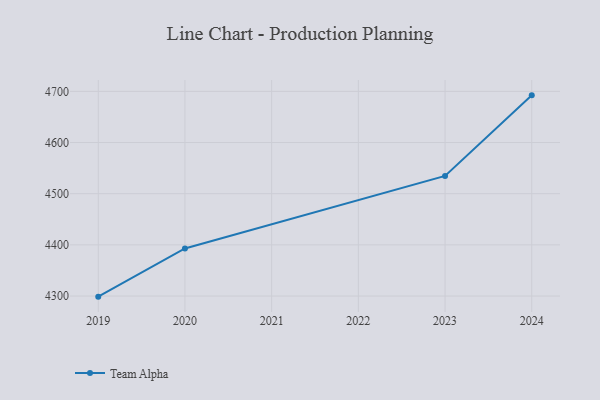
{"axis": {"x": "Year", "y": "Headcount"}, "legend": ["Team Alpha"], "data": [{"x": "2019", "y": 4298.8, "type": "Team Alpha"}, {"x": "2020", "y": 4393.0, "type": "Team Alpha"}, {"x": "2023", "y": 4534.8, "type": "Team Alpha"}, {"x": "2024", "y": 4692.2, "type": "Team Alpha"}]}